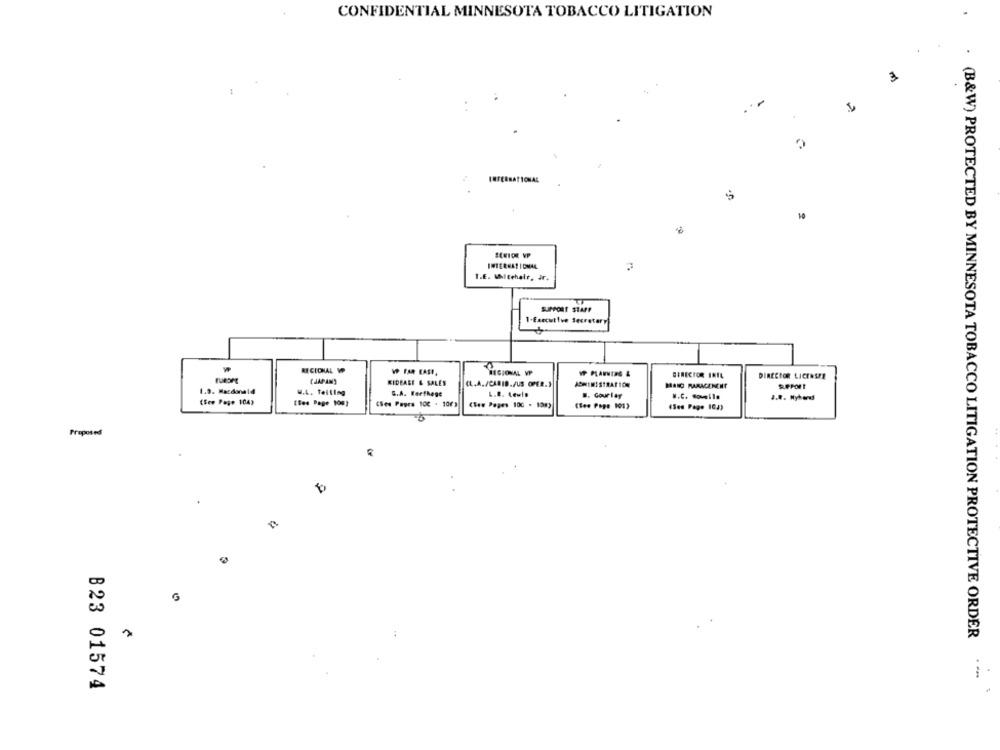
CONFIDENTIAL MINNESOTA TOBACCO LITIGATION
3
--
. .
INTERNATIONAL
10
2
INTERNATIONAL
T.E. Whitehair, Jr.
SUPPORT STAFF
1-Executive Secretary
RECICHAL VP
WP FAR EAST,
VP PLANNING &
DIRECTOR INIL
DIRECTOR LICENSEE
(JAPAN)
KIDEARE & SALES
ADMINISTRATION
1.9. Macdonald
u.L. Telling
CL.A./CARIB./US OPER.)
MANO PARACENEHT
G.A. Forthege
L.R. Lewis
.. Gourlay
J.R. Myhand
(See Page 1043
[Ses Page 100)
(See Papes 10c . 19:)
Proposed
. (B&W) PROTECTED BY MINNESOTA TOBACCO LITIGATION PROTECTIVE ORDER
B23 01574